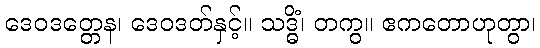
ဒေဝဒတ္တေန၊ ဒေဝဒတ်နှင့်။ သဒ္ဓိံ၊ တကွ။ ဧကတောဟုတွာ၊